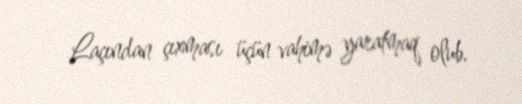
Laçından çıxması üçün vahimə yaratmaq olub.